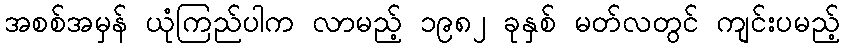
အစစ်အမှန် ယုံကြည်ပါက လာမည့် ၁၉၈၂ ခုနှစ် မတ်လတွင် ကျင်းပမည့်